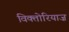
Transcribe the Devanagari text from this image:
विक्तोरियाज़